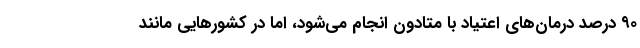
۹۰ درصد درمان‌های اعتیاد با متادون انجام می‌شود، اما در کشورهایی مانند